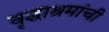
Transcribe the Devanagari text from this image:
वृद्धाश्रमांची